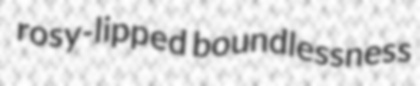
rosy-lipped boundlessness